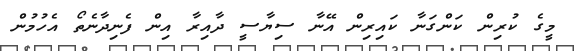
މީގެ ކުރިން ކަންގަނާ ކައިރިން އޭނާ ސިޔާސީ ދާއިރާ އިން ފެނިދާނެތޯ އެހުމުން